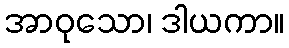
အာဝုသော၊ ဒါယကာ။